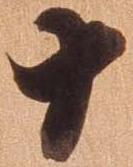
十